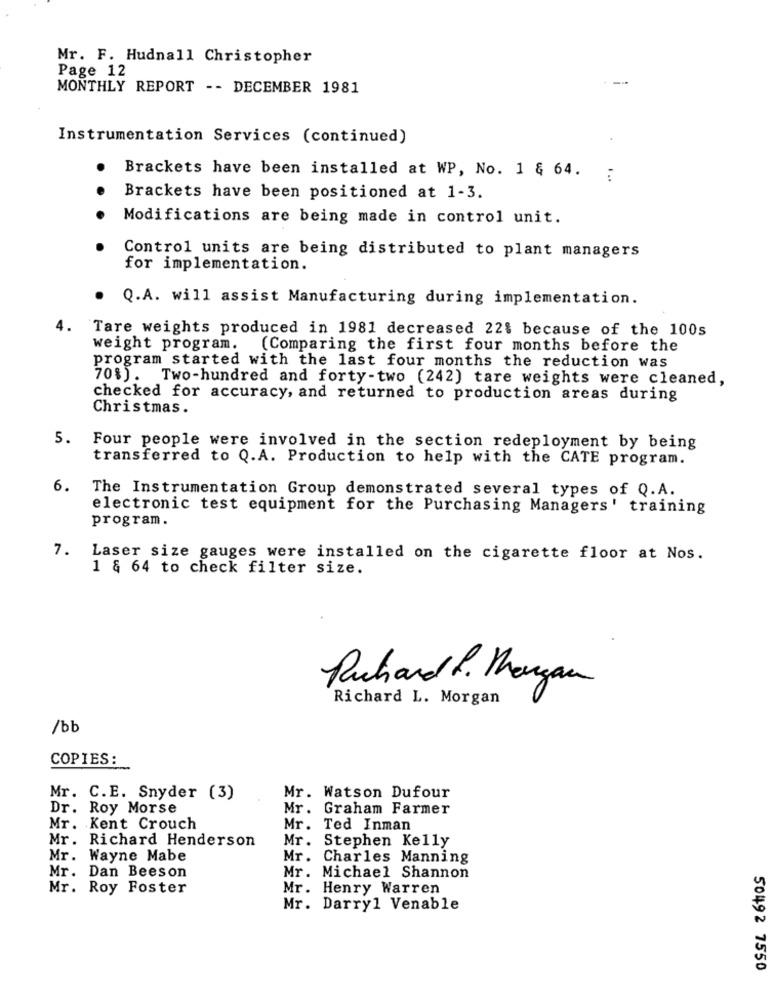
Mr. F. Hudnall Christopher
Page 12
MONTHLY REPORT -- DECEMBER 1981
Instrumentation Services (continued)
.
Brackets have been installed at WP, No. 1 & 64.
. ..
Brackets have been positioned at 1-3.
Modifications are being made in control unit.
Control units are being distributed to plant managers
for implementation.
.
Q.A. will assist Manufacturing during implementation.
4.
Tare weights produced in 1981 decreased 22% because of the 100s
weight program.
(Comparing the first four months before the
program started with the last four months the reduction was
70%). Two-hundred and forty-two (242) tare weights were cleaned,
checked for accuracy, and returned to production areas during
Christmas.
5.
Four people were involved in the section redeployment by being
transferred to Q.A. Production to help with the CATE program.
6.
The Instrumentation Group demonstrated several types of Q.A.
electronic test equipment for the Purchasing Managers' training
program.
7.
Laser size gauges were installed on the cigarette floor at Nos.
1 & 64 to check filter size.
Richard . Morgan
Richard L. Morgan
/bb
COPIES:
Mr. C.E. Snyder (3)
Mr. Watson Dufour
Dr. Roy Morse
Mr .
Graham Farmer
Mr. Kent Crouch
Mr.
Ted Inman
Mr.
Richard Henderson
Mr .
Stephen Kelly
Mr. Wayne Mabe
Mr.
Charles Manning
Mr.
Mr. Dan Beeson
Michael Shannon
Mr. Roy Foster
Mr.
Henry Warren
Mr. Darryl Venable
50492 7550